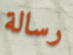
رسالة